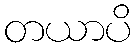
တယာပိ